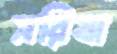
সরিষা